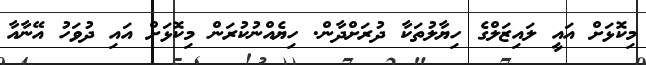
މިކޮޅަށް އައީ ލައިޒަލްގެ ހިޔާލުތަކާ ދުރަށްދާން. ހިޔެއްނުކުރަން މިކޮޅަށް އައި ދުވަހު އޭނާއާ